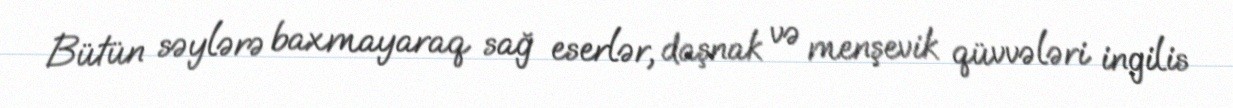
Bütün səylərə baxmayaraq sağ eserlər, daşnak və menşevik qüvvələri ingilis